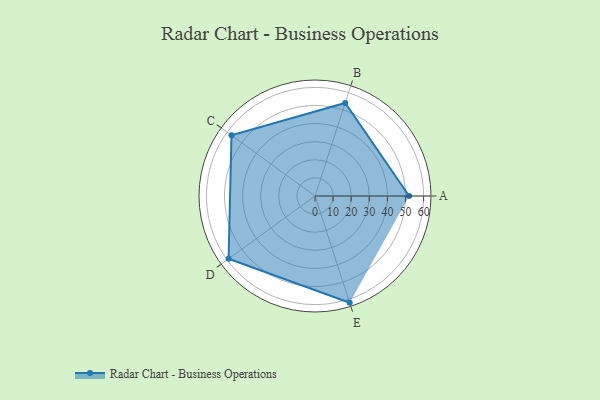
{"axis": {"x": "Skill", "y": "Score"}, "legend": ["Profile"], "data": [{"x": "A", "y": 52.0, "type": "Profile"}, {"x": "B", "y": 54.0, "type": "Profile"}, {"x": "C", "y": 57.0, "type": "Profile"}, {"x": "D", "y": 59.0, "type": "Profile"}, {"x": "E", "y": 62.0, "type": "Profile"}]}